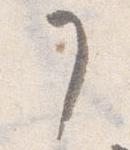
了